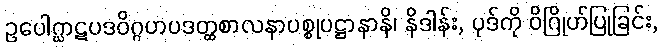
ဥပေါဂ္ဃာဋပဒဝိဂ္ဂဟပဒတ္ထစာလနာပစ္စုပဋ္ဌာနာနိ၊ နိဒါန်း, ပုဒ်ကို ဝိဂြိုဟ်ပြုခြင်း,